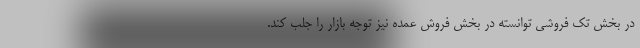
در بخش تک فروشی توانسته در بخش فروش عمده نیز توجه بازار را جلب کند.